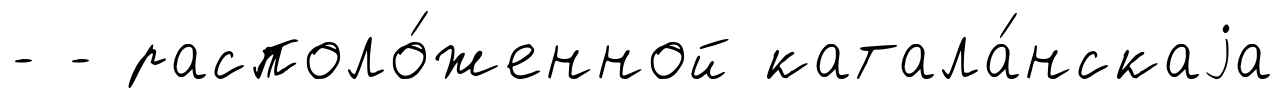
- - располо́женной катала́нскаjа